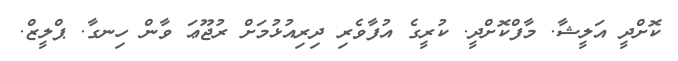
ކޮށްދީ އަލީޝާ. މާފްކޮށްދީ. ކުރީގެ އުފާވެރި ދިރިއުޅުމަށް ރުޖޫޢަ ވާން ހިނގާ. ޕްލީޒް.